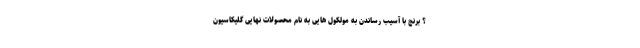
؟ برنج با آسیب رساندن به مولکول هایی به نام محصولات نهایی گلیکاسیون